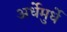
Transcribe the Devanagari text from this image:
अर्धेमुर्धे